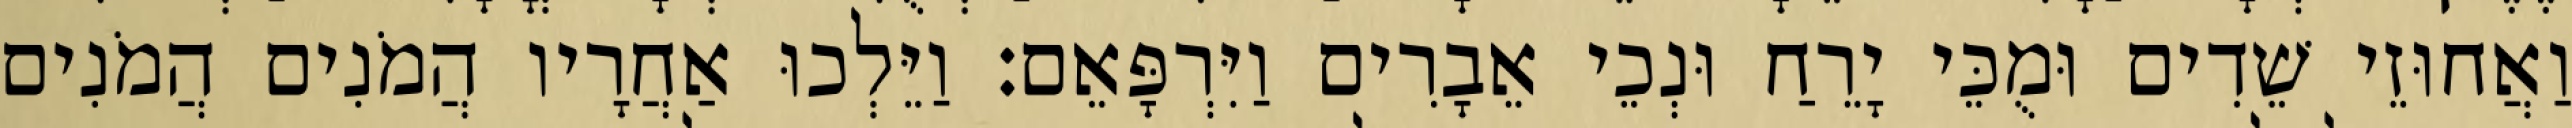
וַאֲחוּזֵי שֵׁדִים וּמֻכֵּי יָרֵחַ וּנְכֵי אֵבָרִים וַיִּרְפָּאֵם׃ וַיֵּלְכוּ אַחֲרָיו הֲמֹנִים הֲמֹנִים